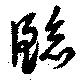
臨